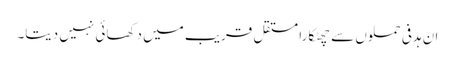
ان ہدفی حملوں سے چھٹکارا مستقل قریب میں دکھائی نہیں دیتا۔